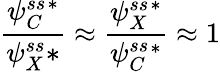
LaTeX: \frac{\psi_{C}^{ss}{}^{*}}{\psi_{X}^{ss}*}\approx\frac{\psi_{X}^{ss}{}^{*}}{\psi_{C}^{ss}{}^{*}}\approx 1